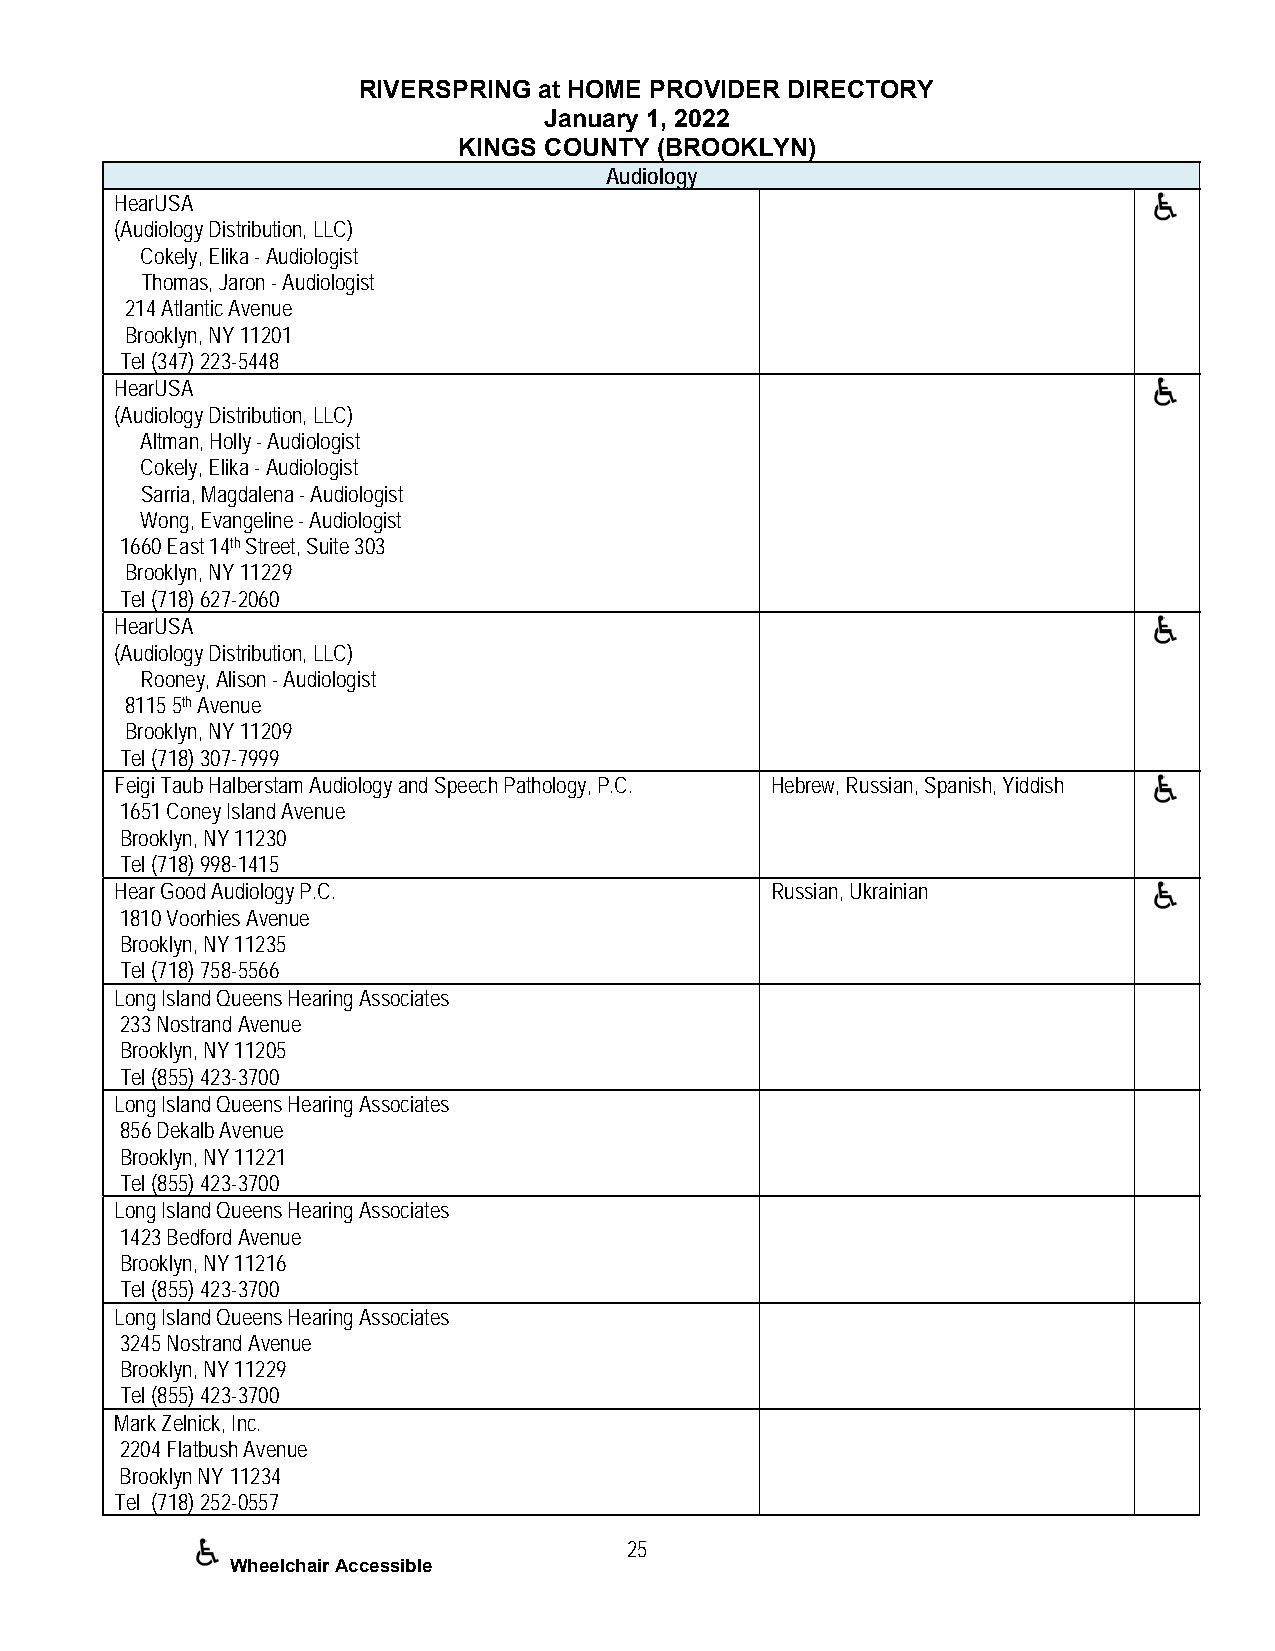
RIVERSPRING at HOME PROVIDER DIRECTORY
 January 1, 2022
 KINGS COUNTY (BROOKLYN)
 Audiology
 HearUSA
 (Audiology Distribution, LLC)
 Cokely, Elika - Audiologist
 Thomas, Jaron - Audiologist
 214 Atlantic Avenue
 Brooklyn, NY 11201
 Tel (347) 223-5448
 HearUSA
 (Audiology Distribution, LLC)
 Altman, Holly - Audiologist
 Cokely, Elika - Audiologist
 Sarria, Magdalena - Audiologist
 Wong, Evangeline - Audiologist
 1660 East 14th Street, Suite 303
 Brooklyn, NY 11229
 Tel (718) 627-2060
 HearUSA
 (Audiology Distribution, LLC)
 Rooney, Alison - Audiologist
 8115 5th Avenue
 Brooklyn, NY 11209
 Tel (718) 307-7999
 Feigi Taub Halberstam Audiology and Speech Pathology, P.C. Hebrew, Russian, Spanish, Yiddish
 1651 Coney Island Avenue
 Brooklyn, NY 11230
 Tel (718) 998-1415
 Hear Good Audiology P.C.                   Russian, Ukrainian
 1810 Voorhies Avenue
 Brooklyn, NY 11235
 Tel (718) 758-5566
 Long Island Queens Hearing Associates
 233 Nostrand Avenue
 Brooklyn, NY 11205
 Tel (855) 423-3700
 Long Island Queens Hearing Associates
 856 Dekalb Avenue
 Brooklyn, NY 11221
 Tel (855) 423-3700
 Long Island Queens Hearing Associates
 1423 Bedford Avenue
 Brooklyn, NY 11216
 Tel (855) 423-3700
 Long Island Queens Hearing Associates
 3245 Nostrand Avenue
 Brooklyn, NY 11229
 Tel (855) 423-3700
 Mark Zelnick, Inc.
 2204 Flatbush Avenue
 Brooklyn NY 11234
 Tel (718) 252-0557
 25
 Wheelchair Accessible